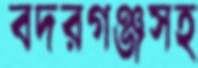
বদরগঞ্জসহ